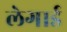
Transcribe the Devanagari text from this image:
लेगार्ड